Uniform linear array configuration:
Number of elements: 8
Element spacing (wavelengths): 0.25
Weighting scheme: blackman
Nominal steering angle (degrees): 30
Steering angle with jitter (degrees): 30.86
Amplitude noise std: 0.05
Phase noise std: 0.05

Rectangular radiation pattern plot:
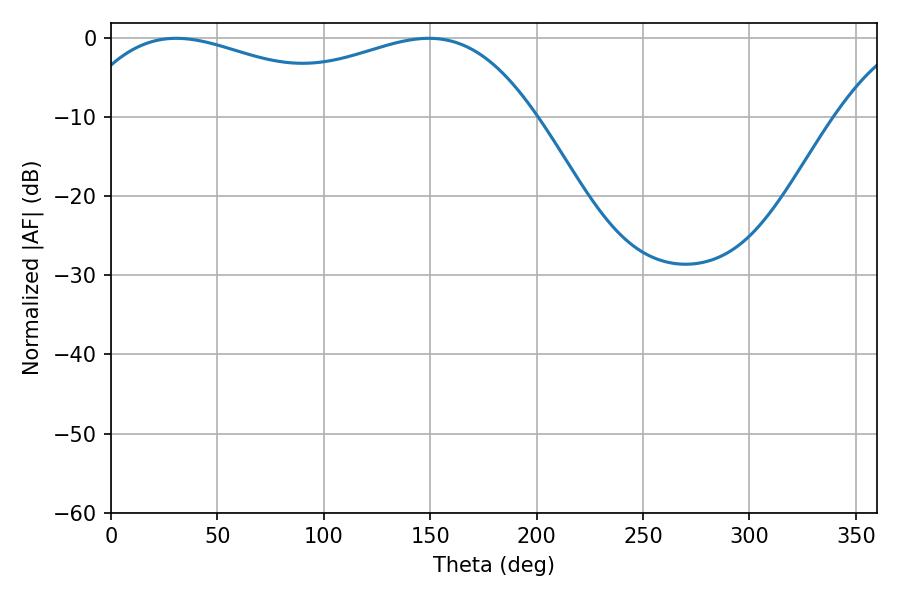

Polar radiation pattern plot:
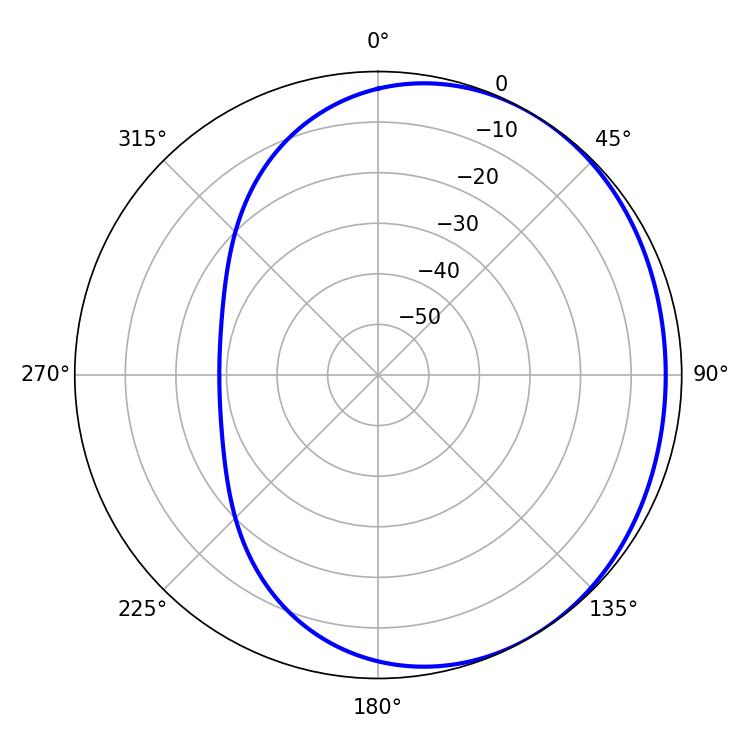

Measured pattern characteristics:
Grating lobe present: FALSE
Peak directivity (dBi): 1.641
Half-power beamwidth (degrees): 79.38
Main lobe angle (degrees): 30.6